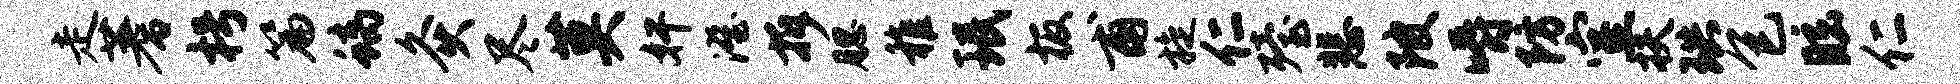
走蓍枵篇螭灸尽莫奸澄拆腮稚珉板甫旋仁殪悲陂嚼防室扶珙包眩仁